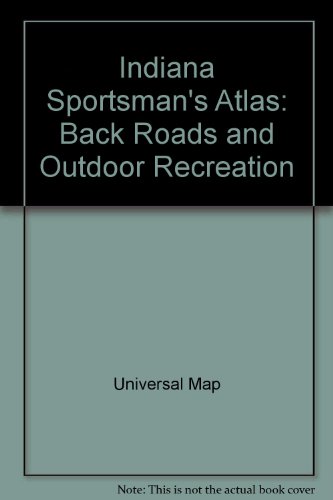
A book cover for Indiana Sportsman's Atlas: Back Roads and Outdoor Recreation; Universal Map; Travel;